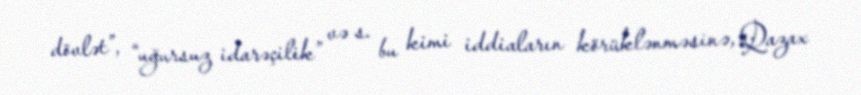
dövlət”, “uğursuz idarəçilik” və s. bu kimi iddiaların körüklənməsinə, Qazax